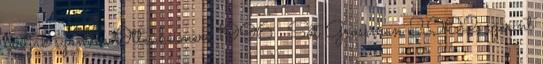
tartják számon Ottenheimer, 1996 . Sőt Grossman 2002 szerint